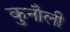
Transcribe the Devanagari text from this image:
कुनौली